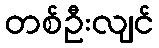
တစ်ဦးလျင်